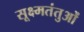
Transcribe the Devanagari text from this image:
सूक्ष्मतंतुओं